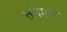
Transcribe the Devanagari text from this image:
तपेशा